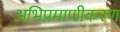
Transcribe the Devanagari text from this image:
अभिप्रमाणीकरण